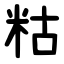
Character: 䊀